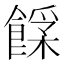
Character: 𩝰